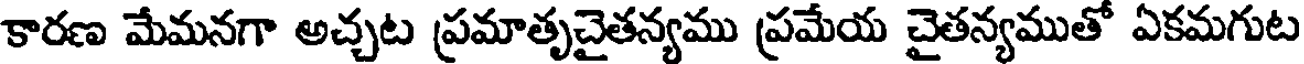
కారణ మేమనగా అచ్చట ప్రమాతృచైతన్యము ప్రమేయ చైతన్యముతో ఏకమగుట